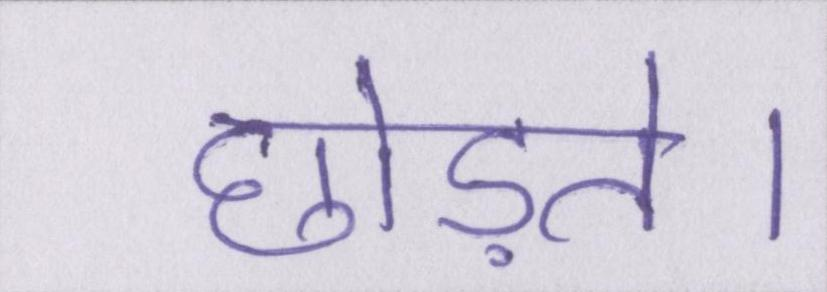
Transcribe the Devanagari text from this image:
छोड़ते।